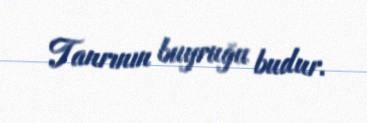
Tanrının buyruğu budur.